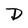
Character: D